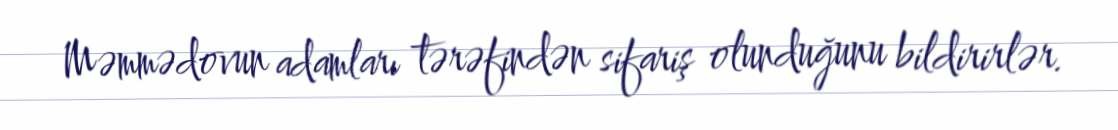
Məmmədovun adamları tərəfindən sifariş olunduğunu bildirirlər.